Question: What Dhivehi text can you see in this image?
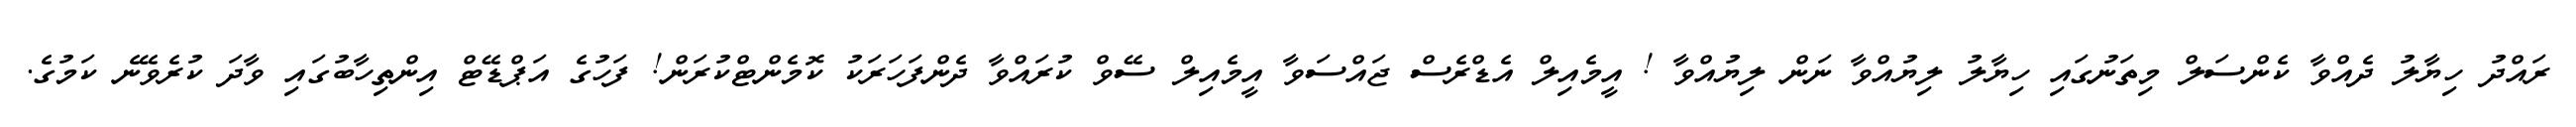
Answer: ރައްދު ހިޔާލު ދެއްވާ ކެންސަލް މިތަނުގައި ހިޔާލު ލިޔުއްވާ ނަން ލިޔުއްވާ ! އީމެއިލް އެޑްރެސް ޖައްސަވާ އީމެއިލް ސޭވް ކުރައްވާ ދެންފަހަރަކު ކޮމެންޓްކުރަން! ފަހުގެ އަޕްޑޭޓް އިންތިހާބުގައި ވާދަ ކުރެވޭނެ ކަމުގެ.